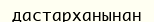
дастарханынан